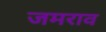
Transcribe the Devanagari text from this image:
जमराव